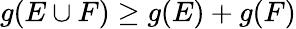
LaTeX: g(E\cup F)\geq g(E)+g(F)